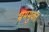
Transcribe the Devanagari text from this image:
भ्रममुक्त